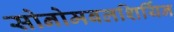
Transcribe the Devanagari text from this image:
सोनोमबलशिर्यिन